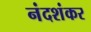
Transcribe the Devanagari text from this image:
नंदशंकर